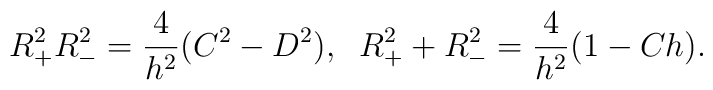
R^2_+R^2_-=\frac{4}{h^2}(C^2-D^2),\;\; R^2_++R^2_-=\frac{4}{h^2}(1-Ch).